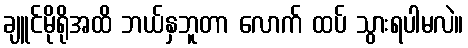
ချူင်မိုရိုအထိ ဘယ်နှဘူတာ လောက် ထပ် သွားရပါမလဲ။